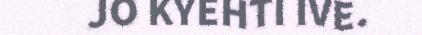
JO KYEHTI IVE.